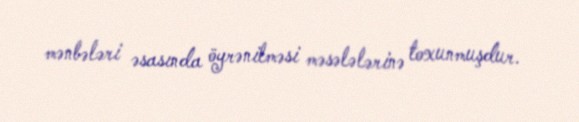
mənbələri əsasında öyrənilməsi məsələlərinə toxunmuşdur.